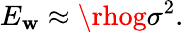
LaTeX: E_{\mathbf{w}}\approx\rhog\sigma^{2}.